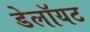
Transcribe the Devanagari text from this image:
डेलॉयट